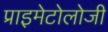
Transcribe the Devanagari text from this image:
प्राइमेटोलोजी